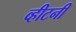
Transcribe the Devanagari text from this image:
व्हीटनी